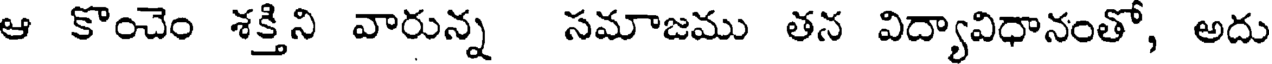
ఆ కొంచెం శక్తిని వారున్న సమాజము తన విద్యావిధానంతో, అదు